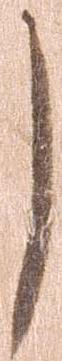
し